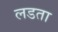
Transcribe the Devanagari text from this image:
लडता